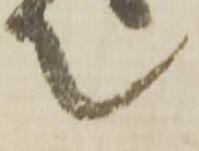
て